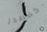
كمصدر